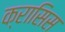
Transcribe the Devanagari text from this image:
क्रासिस